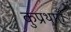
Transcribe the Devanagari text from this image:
कुप्रथाएँ